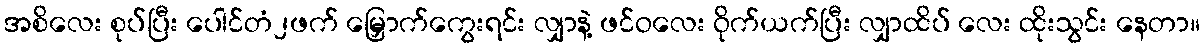
အစိလေး စုပ်ပြီး ပေါင်တံ၂ဖက် မြှောက်ကွေးရင်း လျှာနဲ့ ဖင်ဝလေး ဝိုက်ယက်ပြီး လျှာထိပ် လေး ထိုးသွင်း နေတာ။